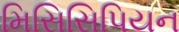
મિસિસિપિયન